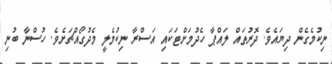
ނިކުމެގެން ދިޔައެވެ. ދޮރުތައް ލައްޕާ ހެދުމަށްޓަކައި އަސްރާ ނިކުމެލީ މެދުގޯއްޗަށެވެ. ހުސްނާ ބުނި